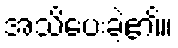
အသိပေးခဲ့၏။